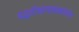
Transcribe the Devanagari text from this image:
पद्धतीशास्त्राबाबतीतील